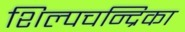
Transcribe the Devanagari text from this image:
शिल्पचन्द्रिका